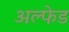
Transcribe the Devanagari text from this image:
अल्फेड